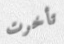
تأخرت